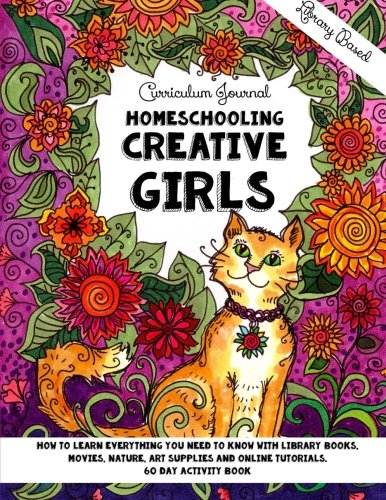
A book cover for Homeschooling Creative Girls - Library Based Curriculum Journal: How to learn everything you need to know with library books, movies, nature, art ... tutorials. (Homeschooling Girls) (Volume 2); Sarah Janisse Brown; Education & Teaching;